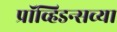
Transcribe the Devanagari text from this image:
प्रॉव्हिडन्सच्या